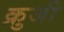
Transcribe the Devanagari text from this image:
क्रुजी